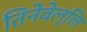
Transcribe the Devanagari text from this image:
तिनेवेल्लि